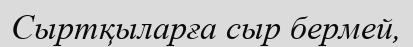
Сыртқыларға сыр бермей,